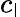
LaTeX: c_{\mathsf{l}}